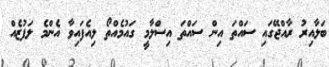
ބަލާއިރު ރާއްޖޭގައި ސައްތަ އިން ސައްތަ އިސްލާމީ ގައުމެއްތޯ ލިއެފައިވާ އެންމެ ލަފުޒެެއް